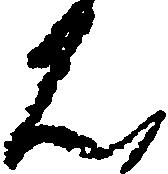
は